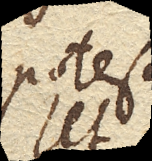
potest.